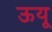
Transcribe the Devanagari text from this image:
ऊयू